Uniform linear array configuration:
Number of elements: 8
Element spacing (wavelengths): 0.5
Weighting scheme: blackman
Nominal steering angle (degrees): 60
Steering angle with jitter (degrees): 61.719
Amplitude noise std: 0.05
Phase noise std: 0.05

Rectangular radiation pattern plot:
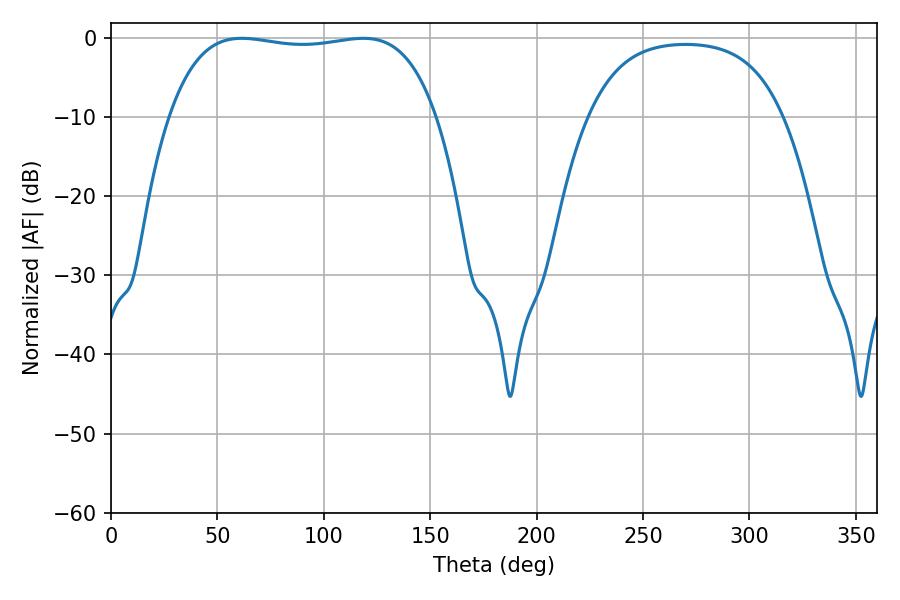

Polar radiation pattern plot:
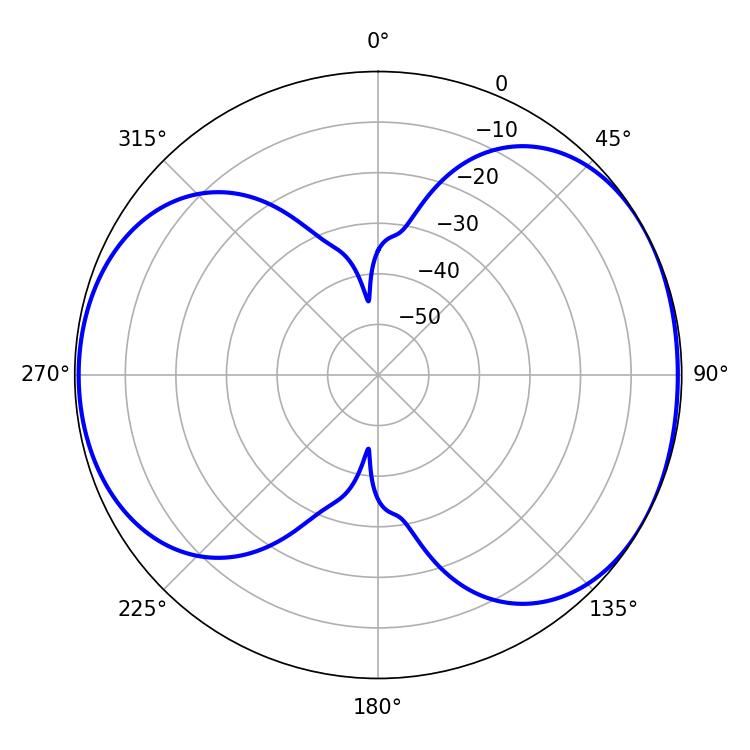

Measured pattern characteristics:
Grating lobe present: FALSE
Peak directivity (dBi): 5.297
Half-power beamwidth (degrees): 100.08
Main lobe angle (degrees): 61.38